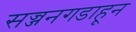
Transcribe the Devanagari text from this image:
सज्जनगडाहून